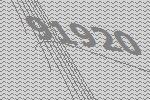
91920